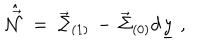
LaTeX: \hat { \vec { \cal N } } \; = \; \vec { \Sigma } _ { ( 1 ) } \, - \, \vec { \Sigma } _ { ( 0 ) } d \underline { { { y } } } \; ,